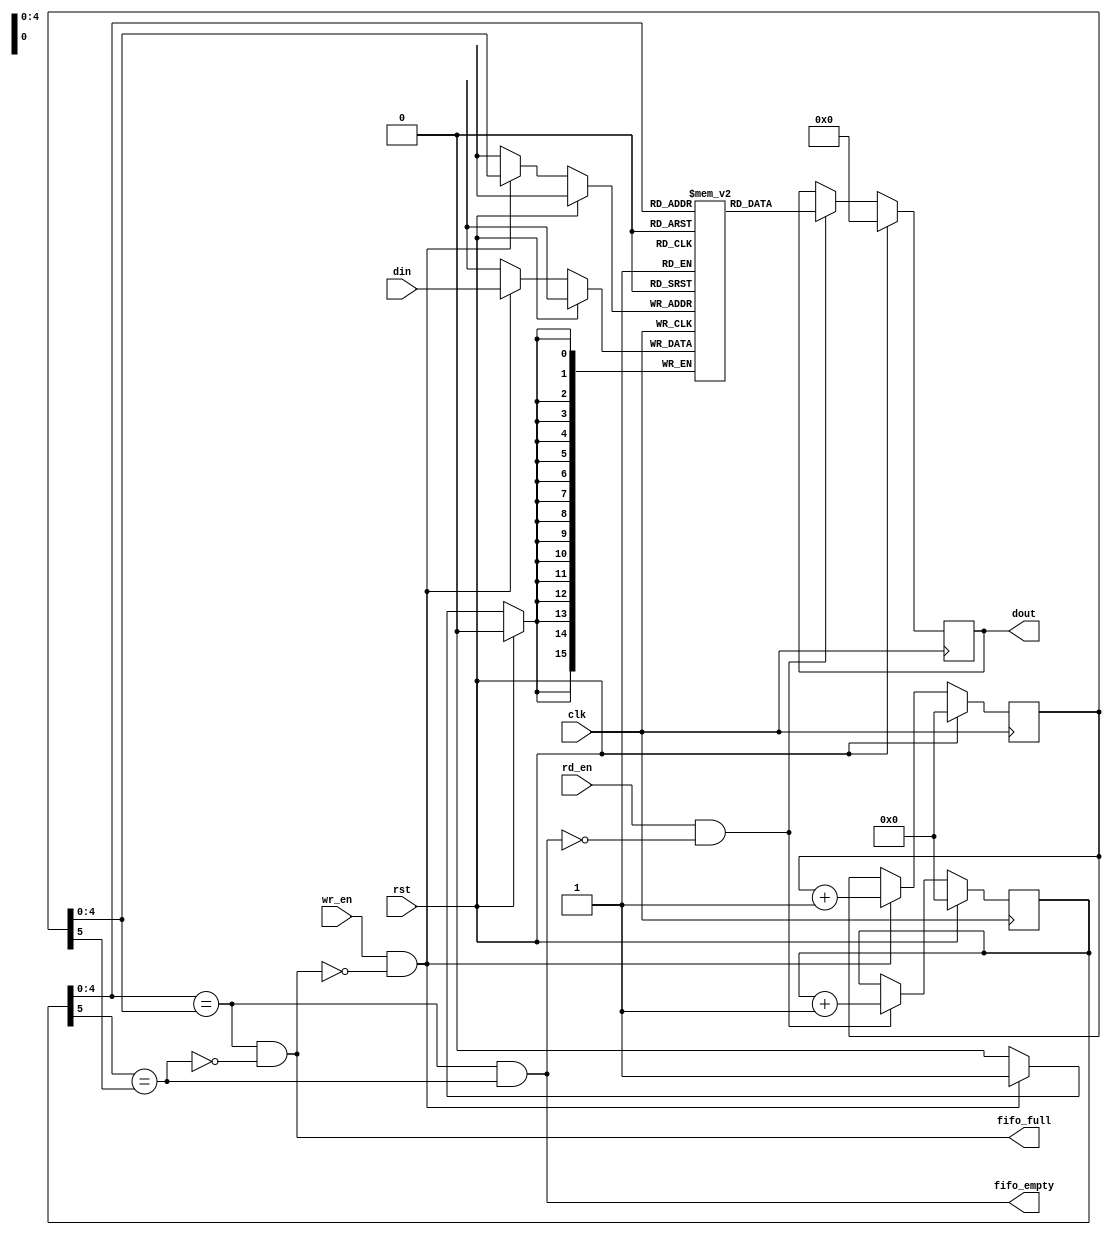
//-----------------------------------------------------------------------------
// Project:         AMA-RISCV
// Module:          FIFO RTL
// Description:     Parametrized FIFO module
//
// Version history:
//      2021-06-07  AL  0.1.0 - Initial
//      2021-06-07  AL  1.0.0 - Release
//-----------------------------------------------------------------------------

module fifo #(
    parameter DATA_WIDTH = 16,
    parameter FIFO_DEPTH = 32,
    parameter ADDR_WIDTH = $clog2(FIFO_DEPTH)   //def: 5
) (
    input   wire        clk, 
    input   wire        rst,

    // Write side
    input   wire [DATA_WIDTH-1:0] din,
    input   wire        wr_en,
    output  wire        fifo_full,

    // Read side
    input   wire        rd_en,
    output  wire        fifo_empty,
    output  reg  [DATA_WIDTH-1:0] dout
);

//-----------------------------------------------------------------------------
// Signals
// FIFO memory
reg [DATA_WIDTH-1:0] fifo_reg [FIFO_DEPTH-1:0];

// Pointers
// with added MSB in order to implement full/empty flags
reg  [ADDR_WIDTH-1+1:0] rd_ptr;
reg  [ADDR_WIDTH-1+1:0] wr_ptr;
// R/W Address
wire [ADDR_WIDTH-1  :0] wr_addr;
wire [ADDR_WIDTH-1  :0] rd_addr;
// Full/Empty detection
wire        wr_msb;
wire        rd_msb;
// Flags
wire        ptr_cmp_addr;
wire        ptr_cmp_msb;

//-----------------------------------------------------------------------------
// FIFO Flags
assign wr_addr = wr_ptr[ADDR_WIDTH-1:0];
assign rd_addr = rd_ptr[ADDR_WIDTH-1:0];
assign wr_msb  = wr_ptr[ADDR_WIDTH    ];
assign rd_msb  = rd_ptr[ADDR_WIDTH    ];

assign ptr_cmp_addr = (rd_addr == wr_addr);
assign ptr_cmp_msb  = (rd_msb  == wr_msb );
assign fifo_full    = (ptr_cmp_addr && !ptr_cmp_msb);
assign fifo_empty   = (ptr_cmp_addr &&  ptr_cmp_msb);

//-----------------------------------------------------------------------------
// FIFO Write
always @ (posedge clk) begin
    if (rst) begin
        wr_ptr  <= 'h0;
    end 
    else if (wr_en & !fifo_full) begin
        wr_ptr            <= wr_ptr + 1;
        fifo_reg[wr_addr] <= din;
    end
end

//-----------------------------------------------------------------------------
// FIFO Read
always @ (posedge clk) begin
    if (rst) begin
        rd_ptr  <= 'h0;
        dout    <= 'h0;
    end 
    else if (rd_en & !fifo_empty) begin
        rd_ptr  <= rd_ptr + 1;
        dout    <= fifo_reg[rd_addr];
    end
end

endmodule